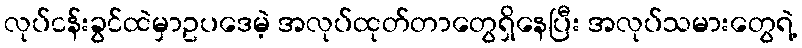
လုပ်ငန်းခွင်ထဲမှာဥပဒေမဲ့ အလုပ်ထုတ်တာတွေရှိနေပြီး အလုပ်သမားတွေရဲ့